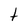
Character: t